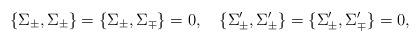
LaTeX: \begin{align*}\{ \Sigma_{\pm}, \Sigma_{\pm} \} = \{ \Sigma_{\pm}, \Sigma_{\mp} \}=0, \quad\{ \Sigma^{\prime}_{\pm}, \Sigma^{\prime}_{\pm} \} =\{ \Sigma^{\prime}_{\pm}, \Sigma^{\prime}_{\mp} \}=0,\end{align*}